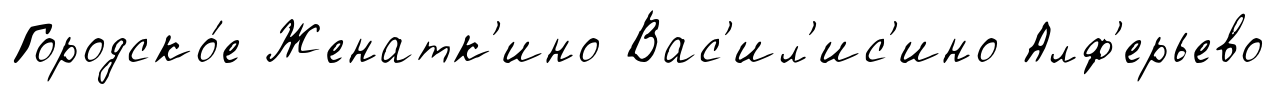
Городско́е Женатк'ино Вас'ил'ис'ино Алф'ерьево